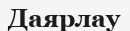
Даярлау